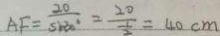
A F = \frac { 2 0 } { \sin 3 0 ^ { \circ } } = \frac { 2 0 } { \frac { 1 } { 2 } } = 4 0 c m